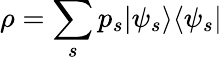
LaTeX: \rho=\sum_{s}p_{s}|\psi_{s}\rangle\langle\psi_{s}|